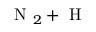
\mathrm { ~ N ~ } _ { 2 } + \mathrm { ~ H ~ }